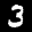
Label: 3